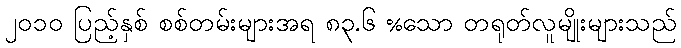
၂၀၁၀ ပြည့်နှစ် စစ်တမ်းများအရ ၈၃.၆ %သော တရုတ်လူမျိုးများသည်